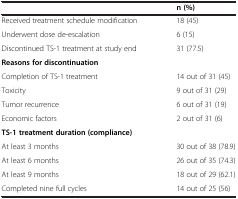
<table><thead><tr><td><b> </b></td><td><b>n (%)</b></td></tr></thead><tbody><tr><td>Received treatment schedule modification</td><td>18 (45)</td></tr><tr><td>Underwent dose de-escalation</td><td>6 (15)</td></tr><tr><td>Discontinued TS-1 treatment at study end</td><td>31 (77.5)</td></tr><tr><td><b>Reasons for discontinuation</b></td><td> </td></tr><tr><td>Completion of TS-1 treatment</td><td>14 out of 31 (45)</td></tr><tr><td>Toxicity</td><td>9 out of 31 (29)</td></tr><tr><td>Tumor recurrence</td><td>6 out of 31 (19)</td></tr><tr><td>Economic factors</td><td>2 out of 31 (6)</td></tr><tr><td><b>TS-1 treatment duration (compliance)</b></td><td> </td></tr><tr><td>At least 3 months</td><td>30 out of 38 (78.9)</td></tr><tr><td>At least 6 months</td><td>26 out of 35 (74.3)</td></tr><tr><td>At least 9 months</td><td>18 out of 29 (62.1)</td></tr><tr><td>Completed nine full cycles</td><td>14 out of 25 (56)</td></tr></tbody></table>